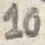
Text: 10